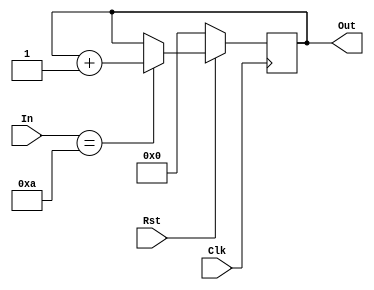
module CounterA(In,Out,Clk,Rst);
input [3:0]In;
input Clk,Rst;
output [3:0]Out;
reg [3:0]Out;
always @(posedge Clk)
 begin
  if (Rst==0)
   begin
    Out<=4'b0000;
    end
   else
    begin
     if (In==4'b1010)
      begin
       Out<=Out+4'b0001;
      end 
     end
   end
endmodule